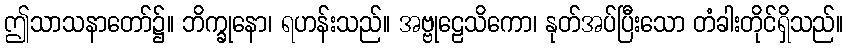
ဤသာသနာတော်၌။ ဘိက္ခုနော၊ ရဟန်းသည်။ အဗ္ဗုဠေသိကော၊ နုတ်အပ်ပြီးသော တံခါးတိုင်ရှိသည်။